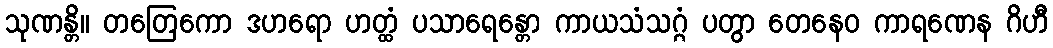
သုဏန္တိ။ တတြေကော ဒဟရော ဟတ္ထံ ပသာရေန္တော ကာယသံသဂ္ဂံ ပတွာ တေနေဝ ကာရဏေန ဂိဟီ